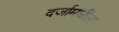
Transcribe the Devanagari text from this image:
दर्जामधील